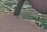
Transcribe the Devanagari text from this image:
एलिज़ोंडो